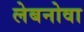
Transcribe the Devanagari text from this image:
लेबनोवा